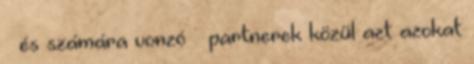
– és számára vonzó – partnerek közül azt azokat